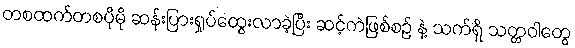
တစထက်တစပိုမို ဆန်းပြားရှုပ်ထွေးလာခဲ့ပြီး ဆင့်ကဲဖြစ်စဉ် နဲ့ သက်ရှိ သတ္တဝါတွေ